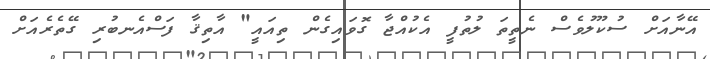
އޭނާއަށް ސުކޫލުވެސް ނެތީތަ ލުތުފީ އެކުއްޖާ ގޮވައިގެން ތިއައީ" އާތިޤާ ފަސްއެނބުރި ގޭތެރެއަށް